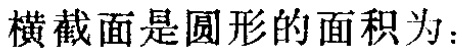
横截面是圆形的面积为：